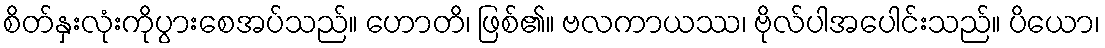
စိတ်နှးလုံးကိုပွားစေအပ်သည်။ ဟောတိ၊ ဖြစ်၏။ ဗလကာယဿ၊ ဗိုလ်ပါအပေါင်းသည်။ ပိယော၊